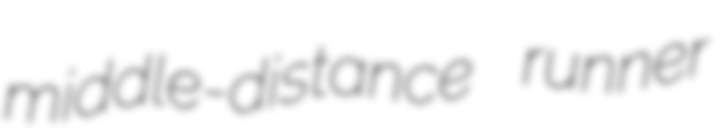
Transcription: middle-distance runner